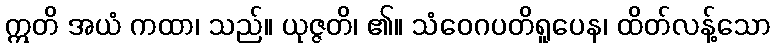
ဣတိ အယံ ကထာ၊ သည်။ ယုဇ္ဇတိ၊ ၏။ သံဝေဂပတိရူပေန၊ ထိတ်လန့်သော